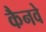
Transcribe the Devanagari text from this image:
कैनवे